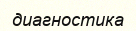
диагностика